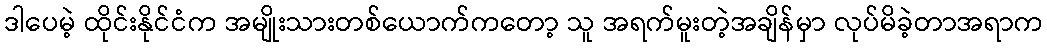
ဒါပေမဲ့ ထိုင်းနိုင်ငံက အမျိုးသားတစ်ယောက်ကတော့ သူ အရက်မူးတဲ့အချိန်မှာ လုပ်မိခဲ့တာအရာက